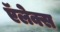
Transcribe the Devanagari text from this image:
ऍलेक्स